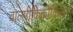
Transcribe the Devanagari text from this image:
वाल्मीकिकोकिलम्‌